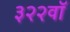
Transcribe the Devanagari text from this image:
३२२वॉ